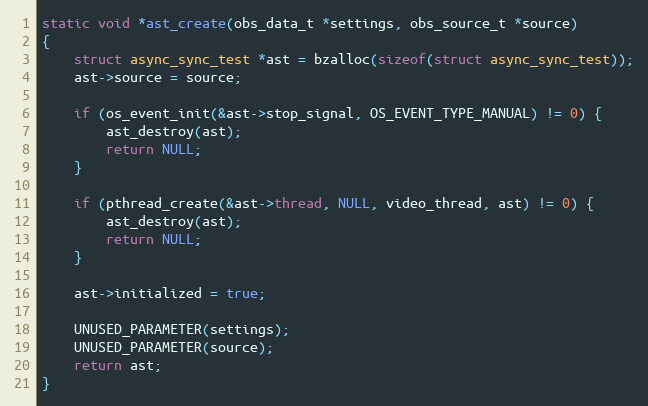
Language: C
static void *ast_create(obs_data_t *settings, obs_source_t *source)
{
	struct async_sync_test *ast = bzalloc(sizeof(struct async_sync_test));
	ast->source = source;

	if (os_event_init(&ast->stop_signal, OS_EVENT_TYPE_MANUAL) != 0) {
		ast_destroy(ast);
		return NULL;
	}

	if (pthread_create(&ast->thread, NULL, video_thread, ast) != 0) {
		ast_destroy(ast);
		return NULL;
	}

	ast->initialized = true;

	UNUSED_PARAMETER(settings);
	UNUSED_PARAMETER(source);
	return ast;
}